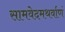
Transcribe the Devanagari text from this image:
सामवेदमथर्वाणं